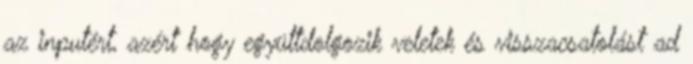
az inputért, azért hogy együttdolgozik veletek és visszacsatolást ad